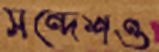
সন্দেশও